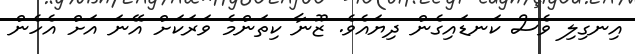
އިނގިލި ވެސް ކަނޑައިގެން ދިޔައެވެ. ޒޫނާ ކިތަންމެ ވަރަކަށް އޭނަ އަށް އެހެން